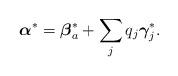
LaTeX: \begin{align*}{\mbox{\boldmath $\alpha$}}^* = {\mbox{\boldmath $\beta$}}^*_a + \sum_j q_j {\mbox{\boldmath $\gamma$}}_j^* .\end{align*}